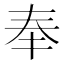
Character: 奉